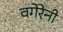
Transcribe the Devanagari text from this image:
वगेरेनी